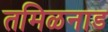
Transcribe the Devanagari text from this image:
तमिळनाड